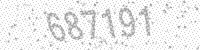
Solution: 687191